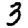
Digit: 3